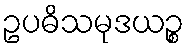
ဥပဓိသမုဒယဉ္စ